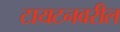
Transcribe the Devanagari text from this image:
टायटनवरील